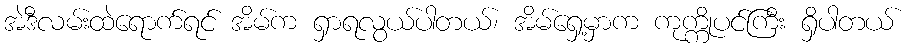
အဲဒီလမ်းထဲရောက်ရင် အိမ်က ရှာရလွယ်ပါတယ်၊ အိမ်ရှေ့မှာက ကုက္ကိုပင်ကြီး ရှိပါတယ်